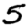
Digit: 5